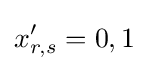
x'_{r,s}=0,1